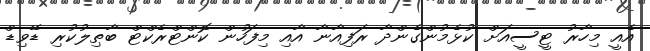
އެއީ މިހާރު ޓީސީއަށް ކުޅެމުންގެންދާ ރަފިއާނާ އާއި މިފަހުން ކޮންޓްރެކްޓް ބާޠިލުކުރި ޑޭވިޑް